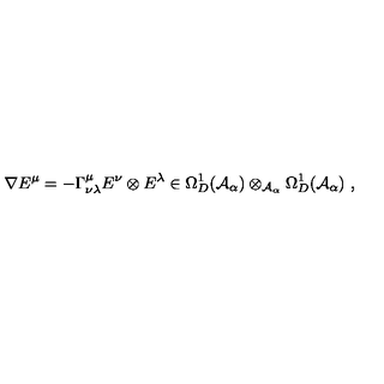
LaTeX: \nabla E ^ { \mu } = - \Gamma _ { \nu \lambda } ^ { \mu } E ^ { \nu } \otimes E ^ { \lambda } \in \Omega _ { D } ^ { 1 } ( { \mathcal A } _ { \alpha } ) \otimes _ { { \mathcal A } _ { \alpha } } \Omega _ { D } ^ { 1 } ( { \mathcal A } _ { \alpha } ) \ ,